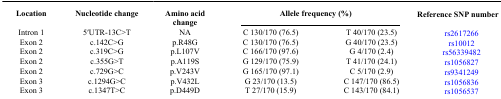
<table><thead><tr><td><b>Location</b></td><td><b>Nucleotide change</b></td><td><b>Amino acid change</b></td><td colspan="2"><b>Allele frequency (%)</b></td><td><b>Reference SNP number</b></td></tr></thead><tbody><tr><td>Intron 1</td><td>5′UTR-13C&gt;T</td><td>NA</td><td>C 130/170 (76.5)</td><td>T 40/170 (23.5)</td><td>rs2617266</td></tr><tr><td>Exon 2</td><td>c.142C&gt;G</td><td>p.R48G</td><td>C 130/170 (76.5)</td><td>G 40/170 (23.5)</td><td>rs10012</td></tr><tr><td>Exon 2</td><td>c.319C&gt;G</td><td>p.L107V</td><td>C 166/170 (97.6)</td><td>G 4/170 (2.4)</td><td>rs56339482</td></tr><tr><td>Exon 2</td><td>c.355G&gt;T</td><td>p.A119S</td><td>G 129/170 (75.9)</td><td>T 41/170 (24.1)</td><td>rs1056827</td></tr><tr><td>Exon 2</td><td>c.729G&gt;C</td><td>p.V243V</td><td>G 165/170 (97.1)</td><td>C 5/170 (2.9)</td><td>rs9341249</td></tr><tr><td>Exon 3</td><td>c.1294G&gt;C</td><td>p.V432L</td><td>G 23/170 (13.5)</td><td>C 147/170 (86.5)</td><td>rs1056836</td></tr><tr><td>Exon 3</td><td>c.1347T&gt;C</td><td>p.D449D</td><td>T 27/170 (15.9)</td><td>C 143/170 (84.1)</td><td>rs1056537</td></tr></tbody></table>